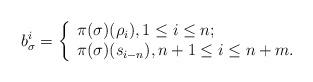
LaTeX: \begin{align*}b^{i}_\sigma=\left\{\begin{array}{lr}\pi(\sigma)(\rho_i), 1\leq i \leq n;\\\pi(\sigma)(s_{i-n}), n+1\leq i\leq n+m.\end{array}\right.\end{align*}